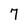
Character: 7